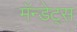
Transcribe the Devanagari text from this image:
मॅन्डेट्स